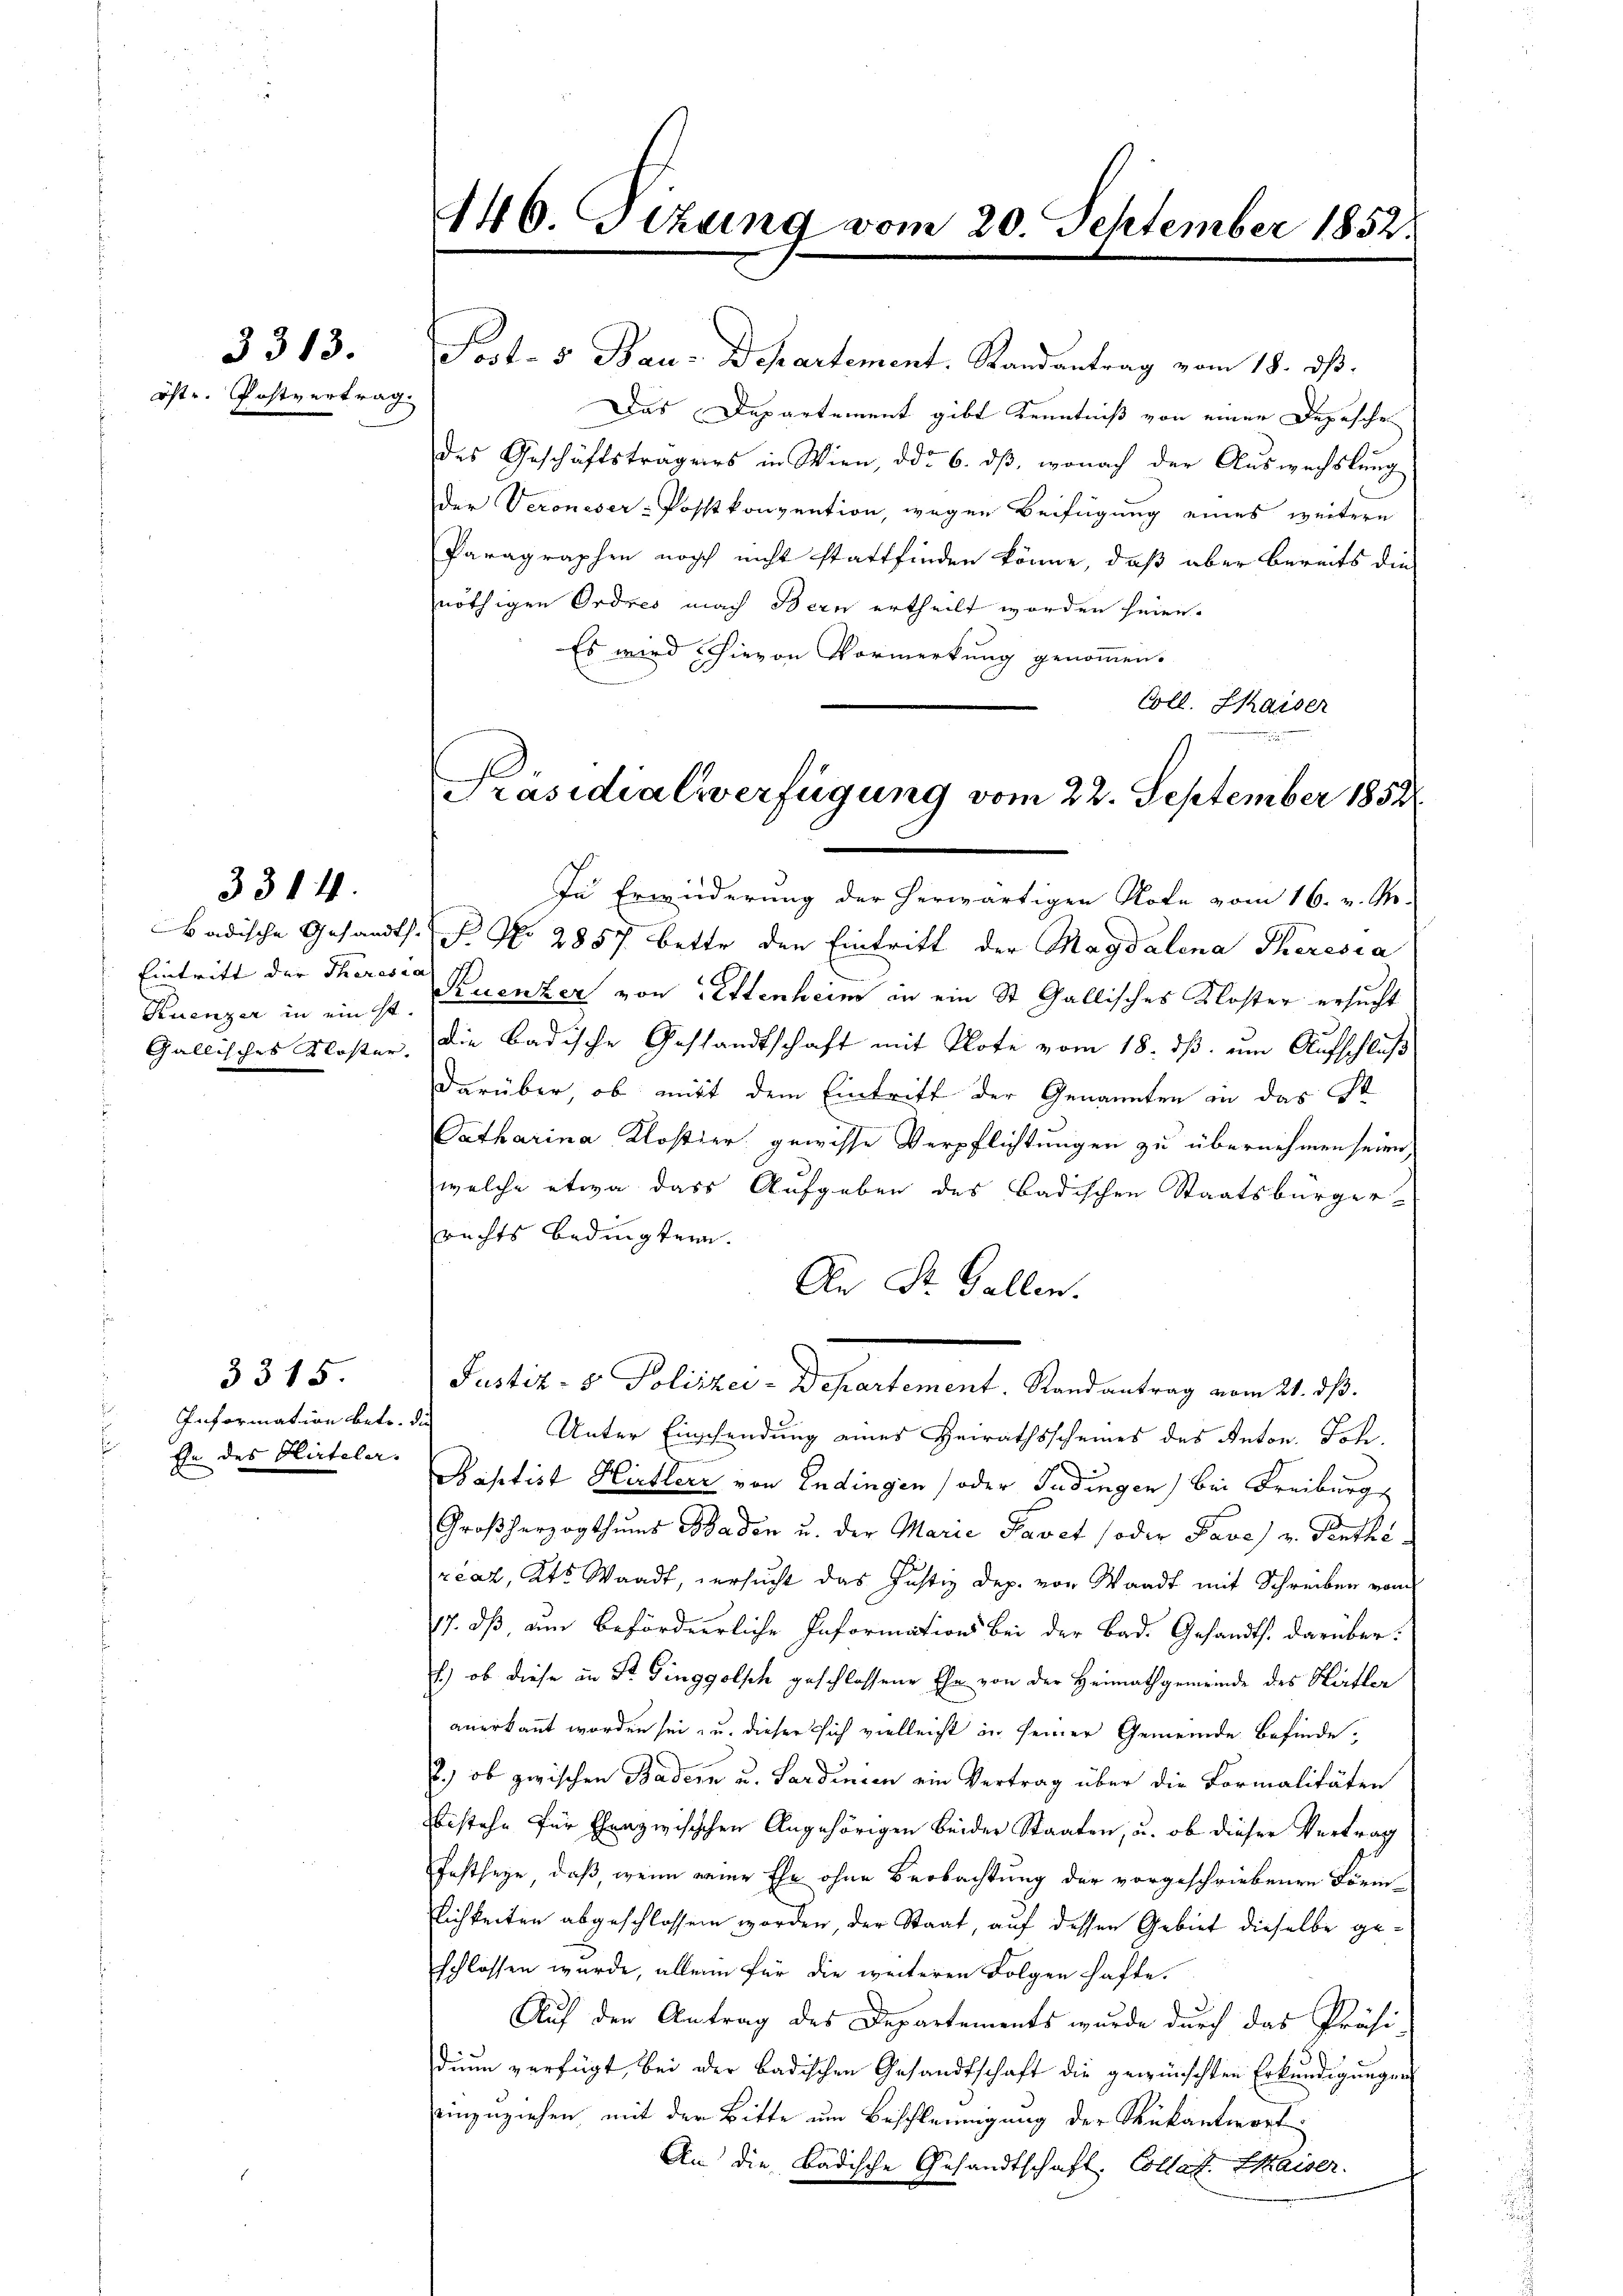
öst. Postvertrag

3313.

3314

Badische Gesandt.
Eintritt der Theress
Kuenzer in ein ist
Gallisches Kloster.

3315.

Information betr. die
Ehe des Hirteler.

446. Fizung vom 20. September 1852.

Prot. 5. Bau-Departement. Randantrag vom 18. dß.
Das Departement gibt Kenntniß von einen Depeschen
des Geschäftsträgers in Wien, ddo 6. dβ, wonach der Auswechslung
der Veroneser-Postkonvention, wegen Beifügung eines weitere
Paragraphen noch nicht stattfinden könne, daß aber bereits die
nöthigen Ordres nach Bern ertheilt worden seien.
Es wird hievon Vormerkung genommen.
Coll. Kaiser
In Erwiederung der herwärtigen Note vom 16. v. M.
P. Nr. 2857. Bette den Eintritt der Magdalena Theresia
Ruenzer von Lettenheim in ein St. Gallisches Kloster ersucht
die Badische Gestandtschaft mit Klote vom 18. ds. am Aufschluß
darüber, ob mit dem Eintritt der Genannten an das St
Catharina Klostier gewisse Verpflichtungen zu übernehmen seien,
welche etwa dass Aufgaben des Badischen Staatsbürger-
rechts Bedingten.
An St. Gallen.
Justiz- & Polizei-Departement. Randantrag vom 21. ds.
Unter Einschendung eines Heirathsscheines des Anton. Ich
Baptist Hirtler von Endingen oder Judingen) bei Freiburg
Großherzogthums Baden u. der Marie Pavet (oder Pave) v. Genthireaz, Kts Waadt, versucht das Justiz Dep. von Waadt mit Schreiben vom
17. dß am beförderliche Informations bei der Bad. Gesandts. darüber:
.) ob diese in St. Ginggolsch geschlossene Ehe von der Heimathgemeinde des Hirtler
anerkannt worden sei zu dieser sich vielleicht in seiner Gemeinde befinde-
l.) ob zwischen Badern u. Sardinien ein Vertrag über die Formalitäten
bestehe für Eheazwisischen Angehörigen beider Staaten, u. ob dieser Vertrag
Festseyn, daß wenn meine Ehe ohne Beobachtung der vorgeschriebenen Förm-
Rlichkeiten abgeschlossen worden, der Staat, auf dessen Gebiet dieselbe geschlossen wurde, allein für die weiteren Folgen hafte.
Auf den Antrag des Departements wurde durch das Präsi-
dium verfügt bei der badischen Gesandtschaft die gewünschten Erkundigungen
einzuziehen mit der Bitte um Beschleinigung der Rükantwort
An die Badische Gesandtschaft. Collat. Chaiser.

Präsidialverfügung vom 22. September 1852